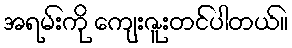
အရမ်းကို ကျေးဇူးတင်ပါတယ်။